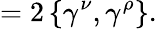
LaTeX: =2\left\{ \gamma^{\nu},\gamma^{\rho}\right\} .